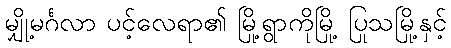
မျှို့မင်္ဂလာ ပင့်လေရာ၏ မြို့ရွာကိုမြို့ ပြုသမြို့နှင့်